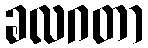
ခလဂတာ